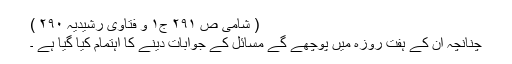
( شامی ص ۲۹۱ ج۱ و فتاوٰی رشیدیہ ۲۹۰ )
چنانچہ ان کے ہفت روزہ میں پوچھے گے مسائل کے جوابات دینے کا اہتمام کیا گیا ہے ۔